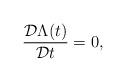
LaTeX: \begin{align*}\frac{{\cal D} \Lambda(t)}{{\cal D} t} =0,\end{align*}